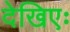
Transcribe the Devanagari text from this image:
देखिएः